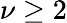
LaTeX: \nu\geq 2